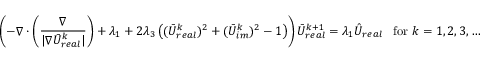
\left( - \nabla \cdot \left( \frac { \nabla } { | \nabla \bar { U } _ { r e a l } ^ { k } | } \right) + \lambda _ { 1 } + 2 \lambda _ { 3 } \left( ( \bar { U } _ { r e a l } ^ { k } ) ^ { 2 } + ( \bar { U } _ { i m } ^ { k } ) ^ { 2 } - 1 \right) \right) \bar { U } _ { r e a l } ^ { k + 1 } = \lambda _ { 1 } \hat { U } _ { r e a l } \; \; \; \mathrm { f o r } \; k = 1 , 2 , 3 , \ldots